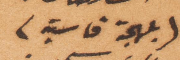
(لهجة قاسية)